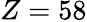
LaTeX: Z=58